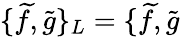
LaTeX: \{ \widetilde{f},\widetilde{g}\} _{L}=\{ \widetilde{f},\widetilde{g}